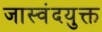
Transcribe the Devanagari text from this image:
जास्वंदयुक्त